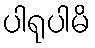
ပါရုပါမိ